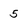
Character: 5